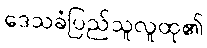
ဒေသခံပြည်သူလူထု၏